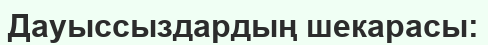
Дауыссыздардың шекарасы: